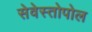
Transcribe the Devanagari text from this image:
सेवेस्तोपोल